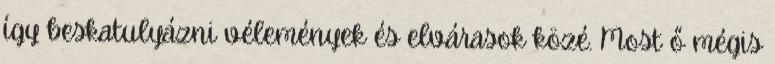
így beskatulyázni vélemények és elvárasok közé. Most ő mégis